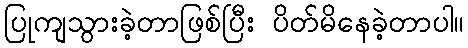
ပြုကျသွားခဲ့တာဖြစ်ပြီး ပိတ်မိနေခဲ့တာပါ။